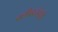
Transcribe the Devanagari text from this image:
क्लीव्हलंडची